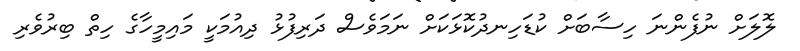
ލޮލަށް ނުފެންނަ ހިސާބަށް ކުޑަހިނދުކޮޅަކަށް ނަމަވެސް ދަރިފުޅު ދިއުމަކީ މައިމީހާގެ ހިތް ބިރުވެރި